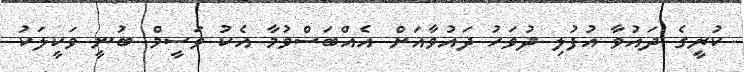
ކުރީގެ ދައުވާ އުފުލި ދުވަހު ދައުވާއަށް އެއްބަސްވުމާ އެކު ވަސީމް ބުނީ ވަކީލަކު